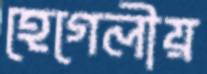
হেগেলীয়